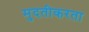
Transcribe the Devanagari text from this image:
मुदतीकरता